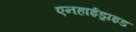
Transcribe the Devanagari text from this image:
एनहाईड्राइड